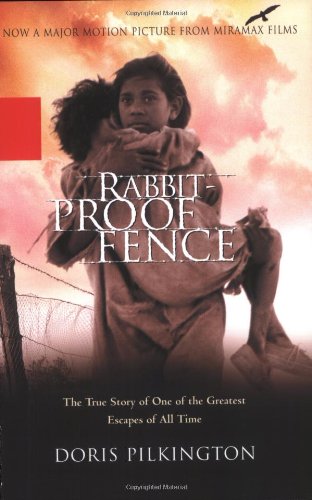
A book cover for Rabbit-Proof Fence; Doris Pilkington; Teen & Young Adult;